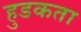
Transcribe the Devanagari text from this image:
हुडकता